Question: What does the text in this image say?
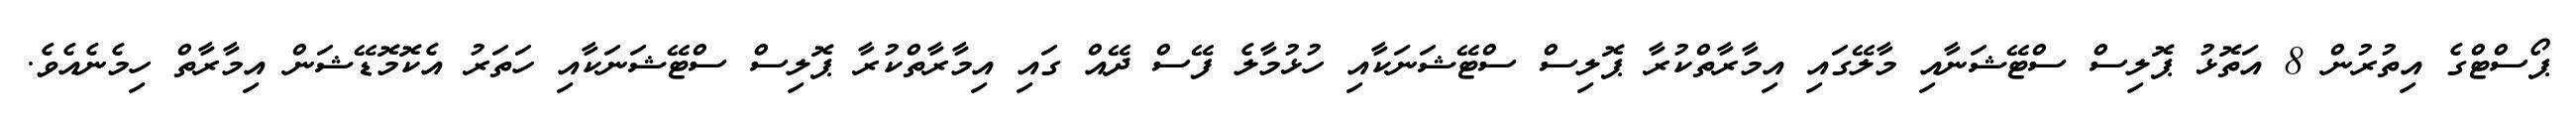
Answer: ޕޯސްޓްގެ އިތުރުން 8 އަތޮޅު ޕޮލިސް ސްޓޭޝަނާއި މާލޭގައި އިމާރާތްކުރާ ޕޮލިސް ސްޓޭޝަނަކާއި ހުޅުމާލެ ފޭސް ދޭއް ގައި އިމާރާތްކުރާ ޕޮލިސް ސްޓޭޝަނަކާއި ހަތަރު އެކޮމޮޑޭޝަން އިމާރާތް ހިމެނެއެވެ.